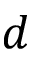
d